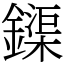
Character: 𨬡